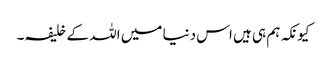
کیونکہ ہم ہی ہیں اس دنیا میں اللہ کے خلیفہ۔